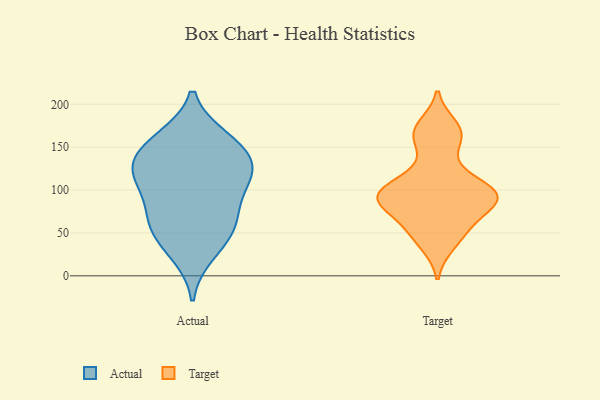
{"axis": {"x": "Demand Index", "y": "Value"}, "legend": ["Actual", "Target"], "data": [{"x": "", "y": 67, "type": "Actual"}, {"x": "", "y": 160, "type": "Actual"}, {"x": "", "y": 110, "type": "Actual"}, {"x": "", "y": 130, "type": "Actual"}, {"x": "", "y": 120, "type": "Actual"}, {"x": "", "y": 64, "type": "Actual"}, {"x": "", "y": 130, "type": "Actual"}, {"x": "", "y": 94, "type": "Actual"}, {"x": "", "y": 156, "type": "Actual"}, {"x": "", "y": 118, "type": "Actual"}, {"x": "", "y": 26, "type": "Actual"}, {"x": "", "y": 153, "type": "Actual"}, {"x": "", "y": 42, "type": "Actual"}, {"x": "", "y": 61, "type": "Actual"}, {"x": "", "y": 36, "type": "Target"}, {"x": "", "y": 52, "type": "Target"}, {"x": "", "y": 158, "type": "Target"}, {"x": "", "y": 79, "type": "Target"}, {"x": "", "y": 99, "type": "Target"}, {"x": "", "y": 60, "type": "Target"}, {"x": "", "y": 91, "type": "Target"}, {"x": "", "y": 165, "type": "Target"}, {"x": "", "y": 122, "type": "Target"}, {"x": "", "y": 175, "type": "Target"}, {"x": "", "y": 100, "type": "Target"}, {"x": "", "y": 88, "type": "Target"}, {"x": "", "y": 88, "type": "Target"}, {"x": "", "y": 99, "type": "Target"}]}